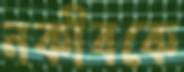
নকীবকে